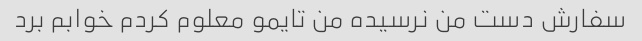
سفارش دست من نرسیده من تایمو معلوم کردم خوابم برد